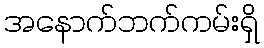
အနောက်ဘက်ကမ်းရှိ